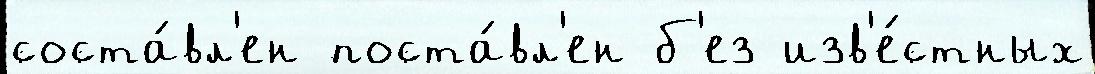
соста́вл'ен поста́вл'ен б'ез изв'е́стных